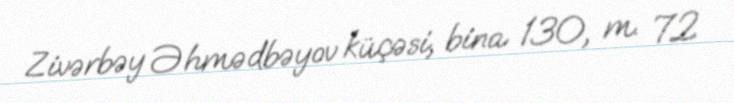
Zivərbəy Əhmədbəyov küçəsi, bina 130, m. 72